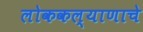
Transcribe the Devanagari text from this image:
लोककल्याणाचे